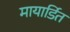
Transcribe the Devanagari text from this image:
मायार्डित